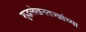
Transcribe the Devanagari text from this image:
शुद्धलेखनतज्ज्ञांच्या